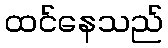
ထင်နေသည်